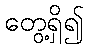
တွေ့ရှိ၍